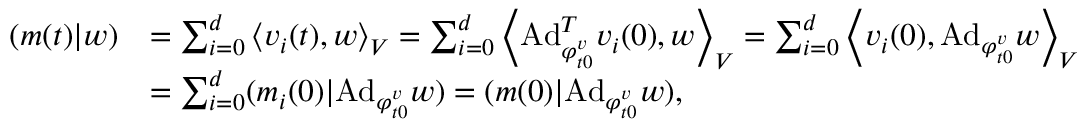
\begin{array} { r l } { ( m ( t ) | w ) } & { = \sum _ { i = 0 } ^ { d } \left\langle v _ { i } ( t ) , w \right\rangle _ { V } = \sum _ { i = 0 } ^ { d } \left\langle \mathrm { A d } _ { \varphi _ { t 0 } ^ { v } } ^ { T } v _ { i } ( 0 ) , w \right\rangle _ { V } = \sum _ { i = 0 } ^ { d } \left\langle v _ { i } ( 0 ) , \mathrm { A d } _ { \varphi _ { t 0 } ^ { v } } w \right\rangle _ { V } } \\ & { = \sum _ { i = 0 } ^ { d } ( m _ { i } ( 0 ) | \mathrm { A d } _ { \varphi _ { t 0 } ^ { v } } w ) = ( m ( 0 ) | \mathrm { A d } _ { \varphi _ { t 0 } ^ { v } } w ) , } \end{array}